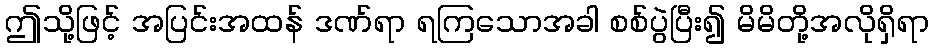
ဤသို့ဖြင့် အပြင်းအထန် ဒဏ်ရာ ရကြသောအခါ စစ်ပွဲပြီး၍ မိမိတို့အလိုရှိရာ